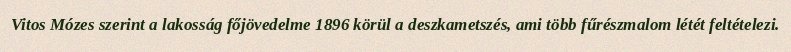
Vitos Mózes szerint a lakosság főjövedelme 1896 körül a deszkametszés, ami több fűrészmalom létét feltételezi.